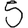
Digit: 5